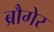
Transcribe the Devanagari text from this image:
ब्रौगेर